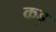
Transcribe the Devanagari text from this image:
कड्डू